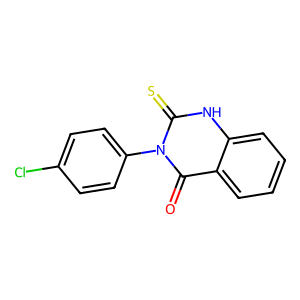
SMILES: O=c1c2ccccc2[nH]c(=S)n1-c1ccc(Cl)cc1
Inhibits HIV replication: No